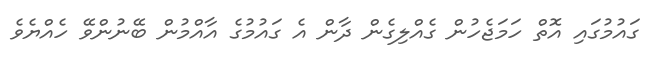
ގައުމުގައި އޮތް ހަމަޖެހުން ގެއްލިގެން ދާން އެ ގައުމުގެ އާއްމުން ބޭނުންވޭ ހެއްޔެވެ